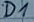
Text: D1